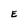
Character: E